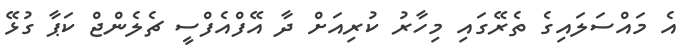
އެ މައްސަލައިގެ ތެރޭގައި މިހާރު ކުރިއަށް ދާ އޭފްއެފްސީ ޗެލެންޖް ކަޕާ ގުޅޭ